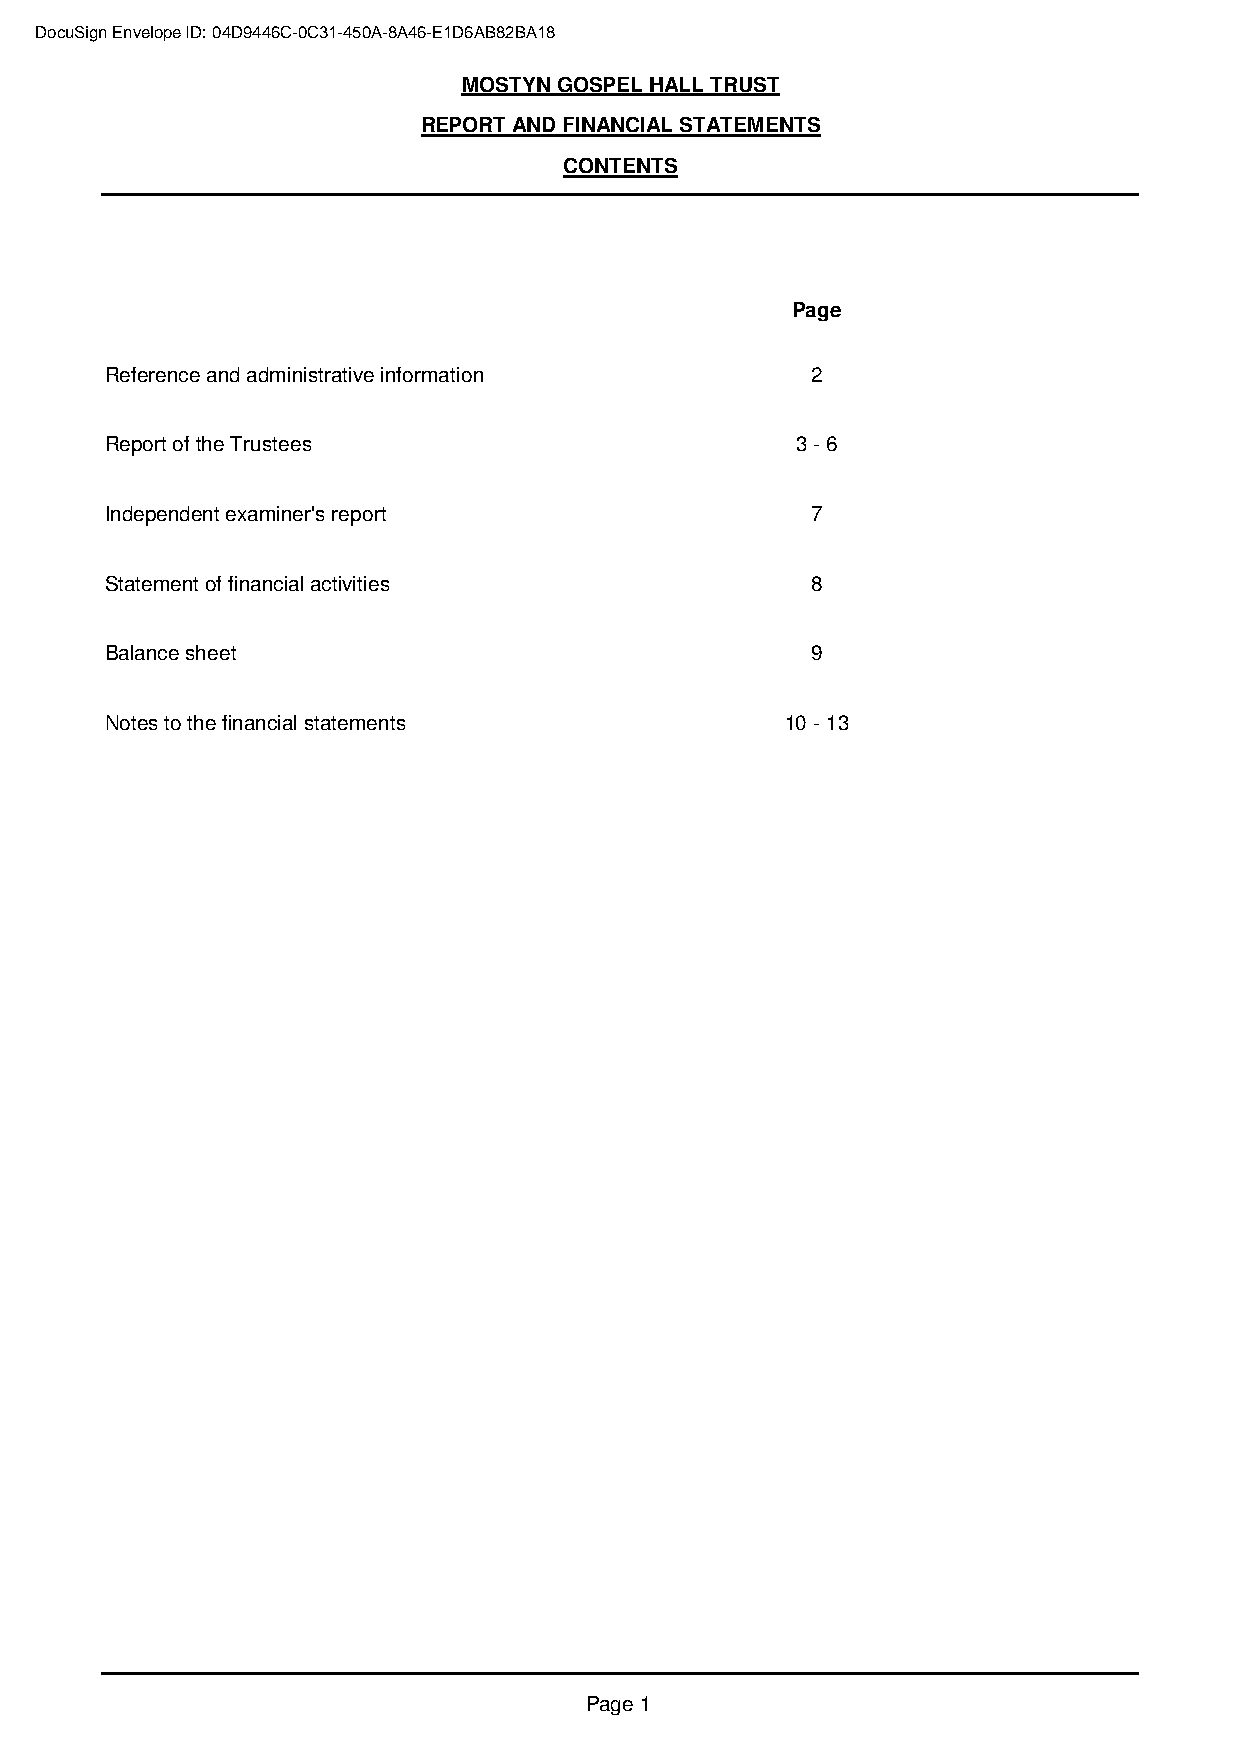
DocuSign Envelope ID: 04D9446C-0C31-450A-8A46-E1D6AB82BA18
 MOSTYN GOSPEL HALL TRUST
 REPORT AND FINANCIAL STATEMENTS
 CONTENTS
 Page
 Reference and administrative information       2
 Report of the Trustees                        3 - 6
 Independent examiner's report                  7
 Statement of financial activities              8
 Balance sheet                                  9
 Notes to the financial statements            10 - 13
 Page 1